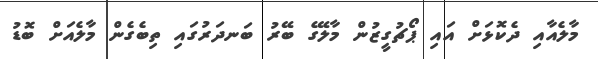
މާލެއާއި ދެކޮޅަށް އައި ޕޯޗުގީޒުން މާލޭގެ ބޭރު ބަނދަރުގައި ތިބެގެން މާލެއަށް ބޮޑު